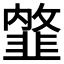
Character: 𩐇